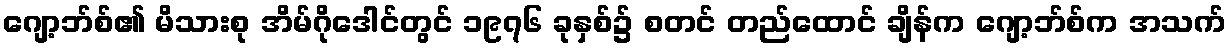
ဂျော့ဘ်စ်၏ မိသားစု အိမ်ဂိုဒေါင်တွင် ၁၉၇၆ ခုနှစ်၌ စတင် တည်ထောင် ချိန်က ဂျော့ဘ်စ်က အသက်